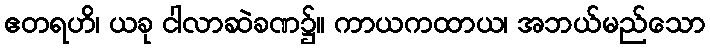
ဧတရဟိ၊ ယခု ငါလာဆဲခဏ၌။ ကာယကထာယ၊ အဘယ်မည်သော